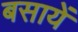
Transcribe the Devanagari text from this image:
बसायें